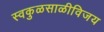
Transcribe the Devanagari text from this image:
स्वकुळसाळीविजय